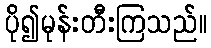
ပို၍မုန်းတီးကြသည်။